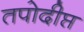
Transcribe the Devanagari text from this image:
तपोदीप्त